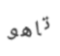
تاهو